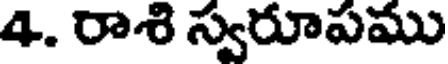
4. రాశి స్వరూపము